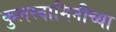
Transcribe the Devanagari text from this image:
कुलस्वामिनीच्या